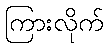
ကြားလိုက်